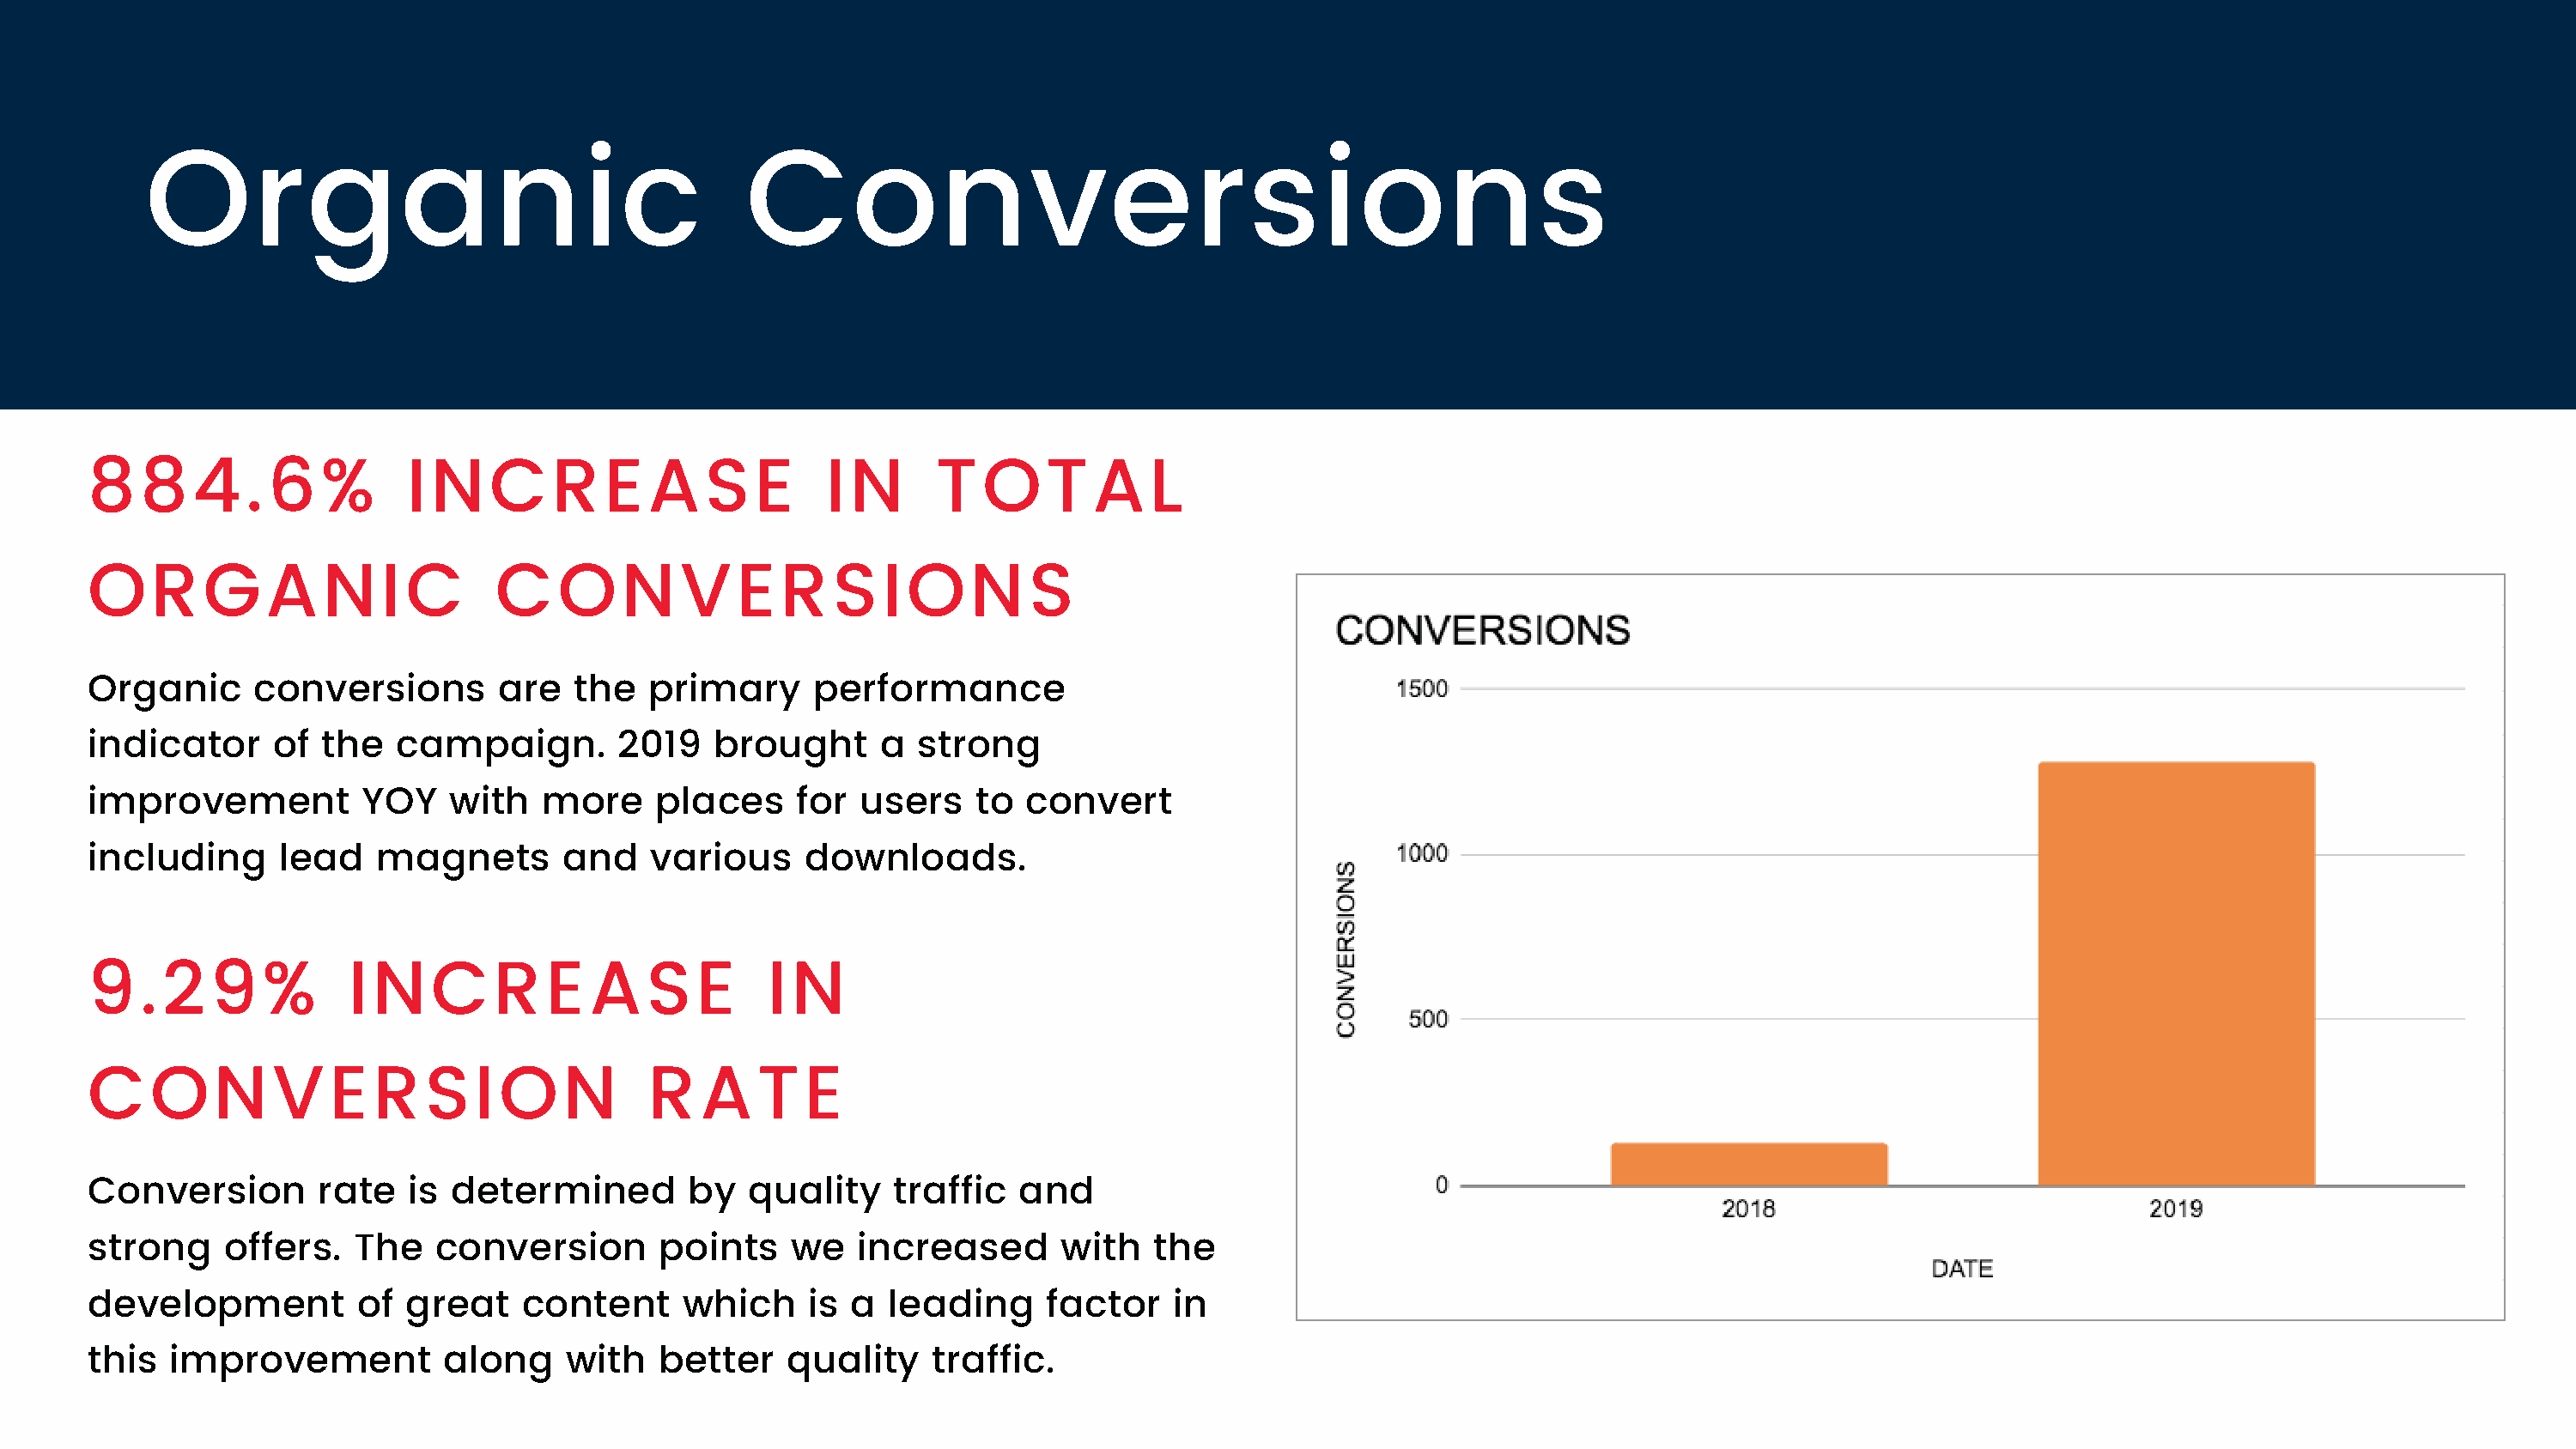
Organic                                       Conversions
 884.6%                  INCREASE                         IN      TOTAL
 ORGANIC                        CONVERSIONS
 Organic      conversions       are   the   primary      performance
 indicator     of  the   campaign.        2019   brought      a  strong
 improvement          YOY    with   more     places    for  users    to  convert
 including      lead   magnets       and    various     downloads.
 9.29%               INCREASE                        IN
 CONVERSION                                 RATE
 Conversion        rate  is  determined        by   quality    traffic   and
 strong    offers.   The    conversion       points    we   increased       with   the
 development          of great    content      which    is  a leading      factor   in
 this  improvement          along     with   better    quality    traffic.